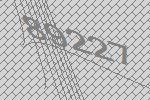
89227